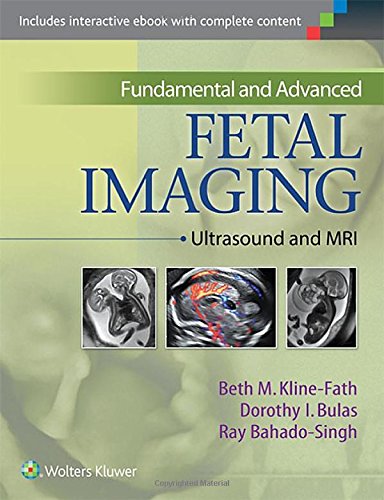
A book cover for Fundamental and Advanced Fetal Imaging: Ultrasound and MRI; Beth Kline-Fath MD; Medical Books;